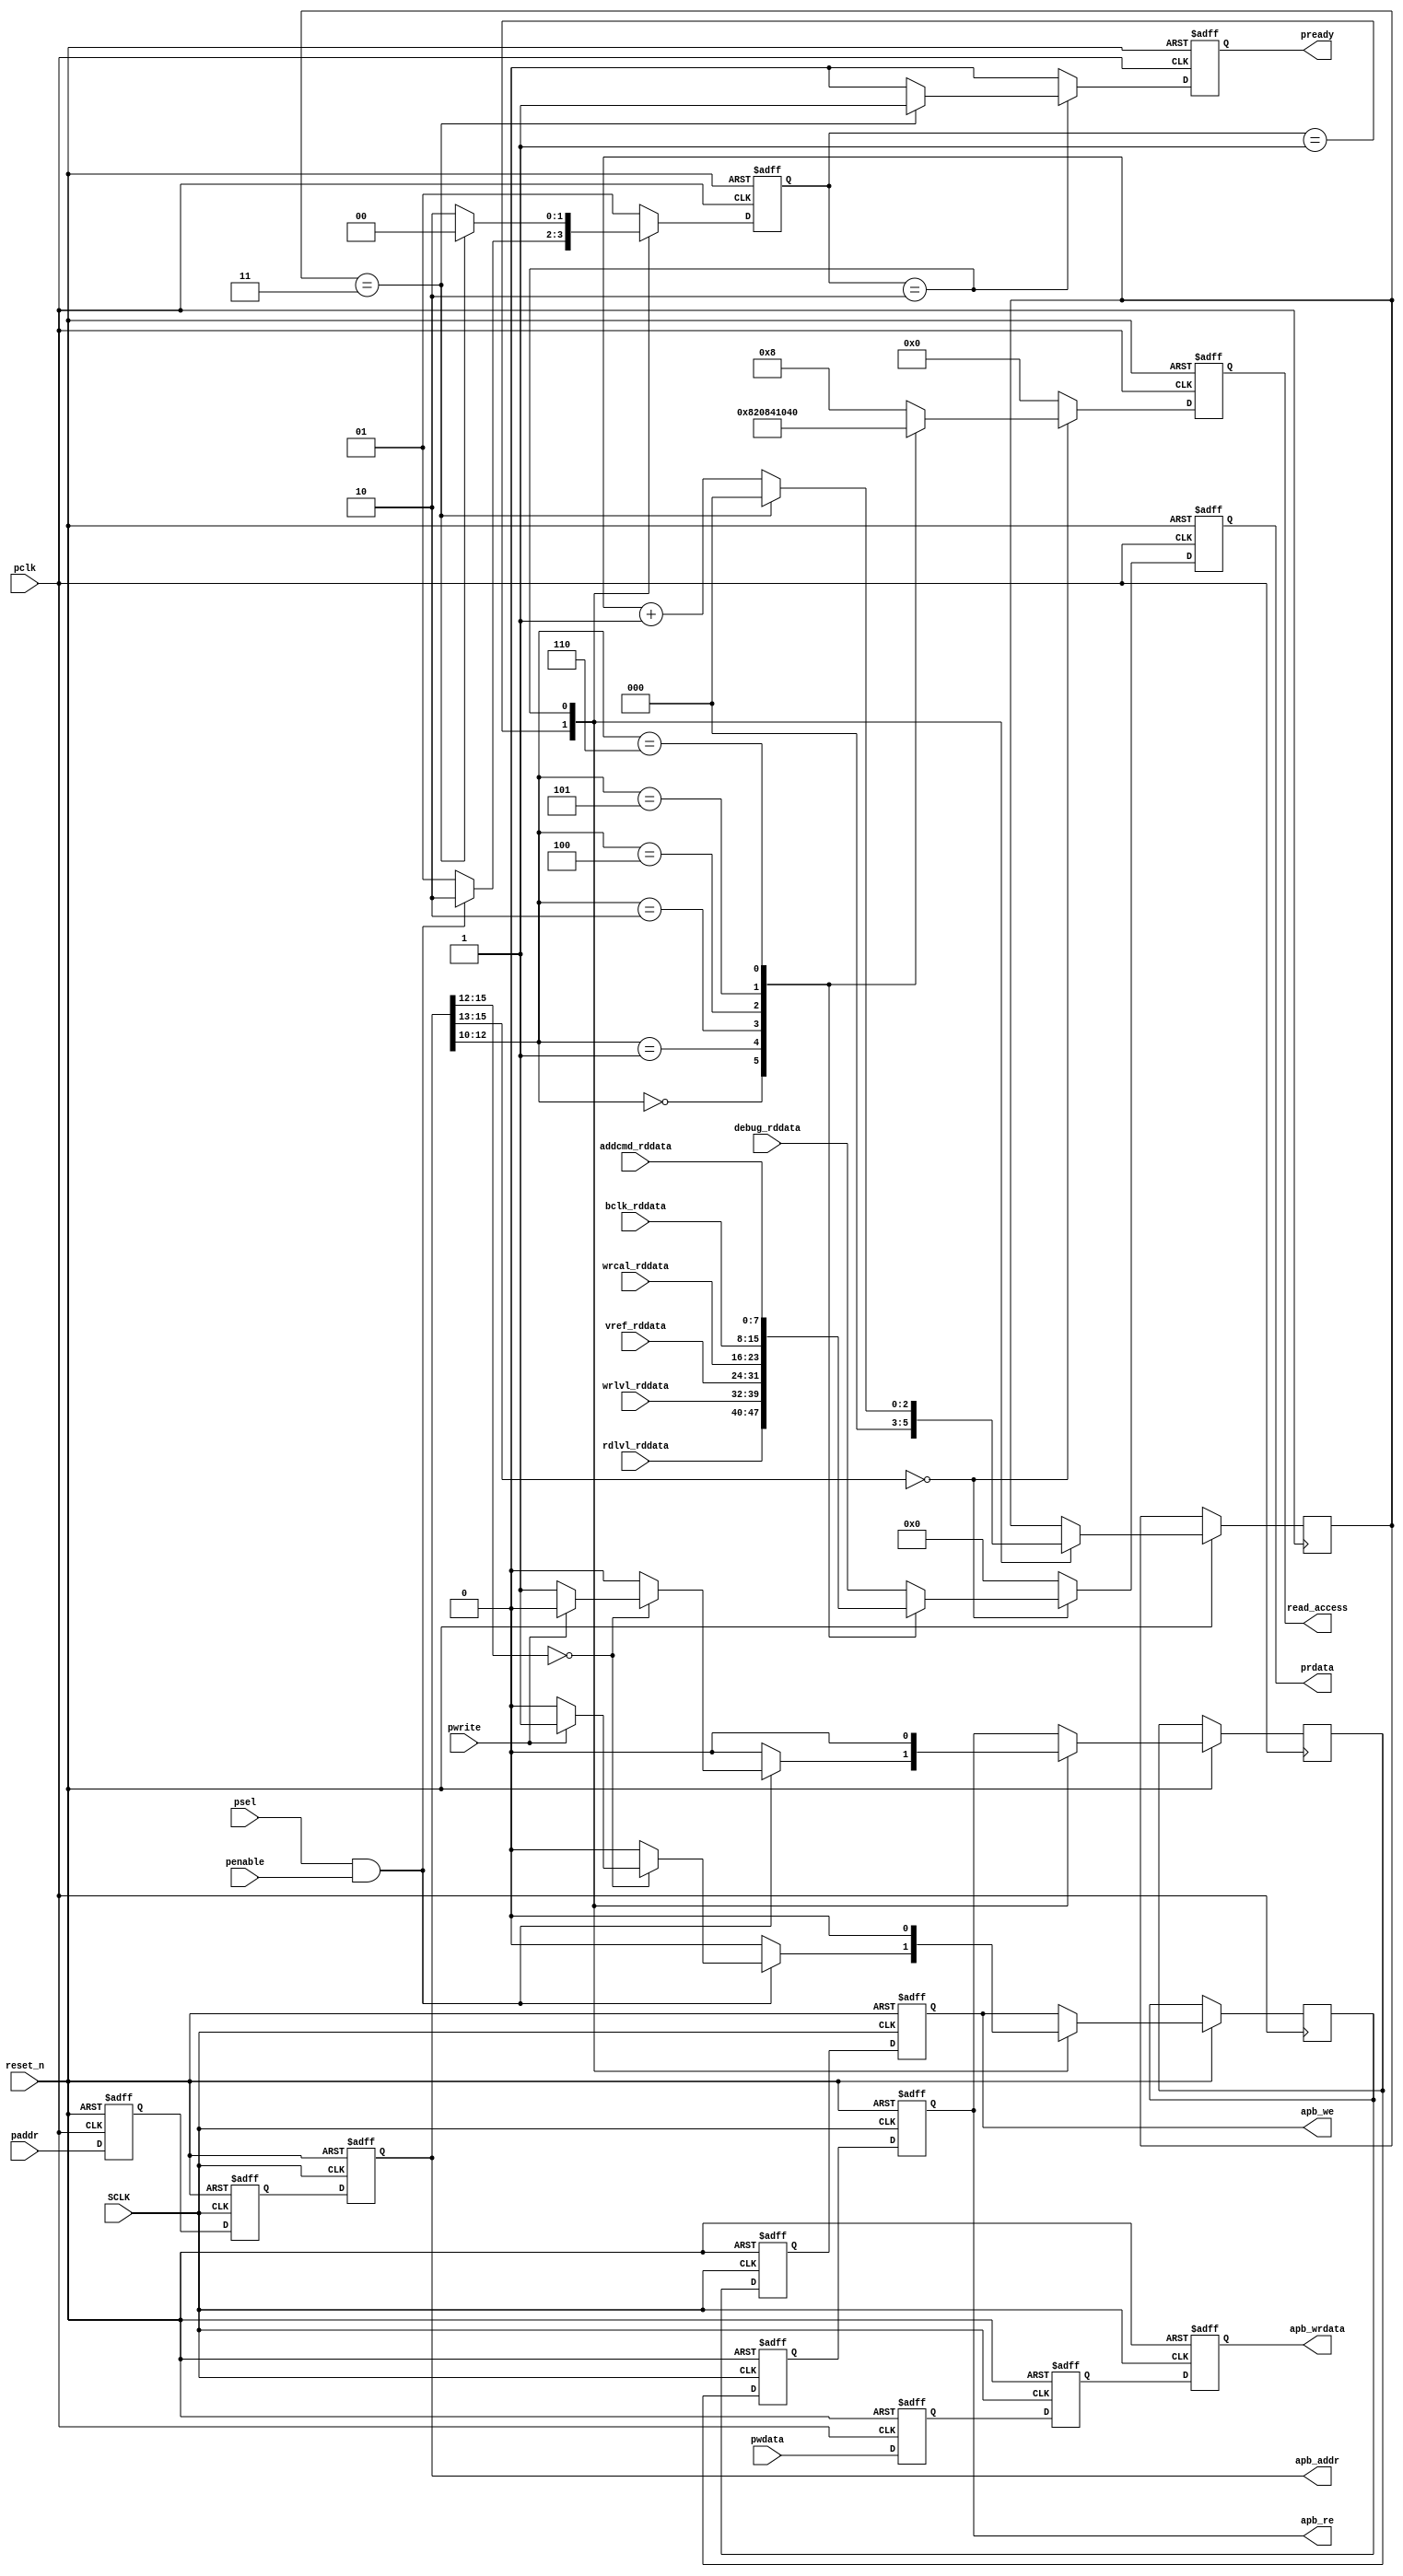
//--------------------------------------------------
//-- -----------------------------------------------------------------------------                                                                                                                                                
//--    Crevinn Teoranta                                                                                                                                         
//-- -----------------------------------------------------------------------------                                                                                                                                                
//-- Author      : $Author:      gianl                                                                                                       
//-- Date        : $Date: 2010-04-29 14:34:52 $                                                                                                                                                
//-- Revision    : $Revision: 1.11 $                                                                                                                                                
//-- Location    : $URL: $                                                                                                                                                
//-- -----------------------------------------------------------------------------                                                                                                                                                
//--------------------------------------------------
 
 
module APB_IF (
               //  input ports
               SCLK,
               reset_n,
               paddr,
               psel,
               pwdata,
               pwrite,
               rdlvl_rddata,
               vref_rddata,
               wrlvl_rddata,
               debug_rddata,
               penable,
 
               //  output ports
               prdata,
               pready,
               apb_addr,
               apb_we,
               apb_wrdata,
               apb_re,
               read_access,
               // AS: added (/2) pclk
               pclk,
               // AS: added new read registers
               addcmd_rddata,
               wrcal_rddata,
               bclk_rddata
               );
 
   parameter        N_WAIT_STATES   = 4;
//  input ports
   input            SCLK;
   wire             SCLK;
   input            reset_n;
   wire             reset_n;
   input     [15:0] paddr;
   wire      [15:0] paddr;
   input            psel;
   wire             psel;
   input     [7:0]  pwdata;
   wire      [7:0]  pwdata;
   input            pwrite;
   wire             pwrite;
   input     [7:0]  rdlvl_rddata;
   wire      [7:0]  rdlvl_rddata;
   input     [7:0]  vref_rddata;
   wire      [7:0]  vref_rddata;
   input     [7:0]  wrlvl_rddata;
   wire      [7:0]  wrlvl_rddata;
   input     [7:0]  debug_rddata;
   wire      [7:0]  debug_rddata;
   // AS: added new read registers
   input     [7:0]  addcmd_rddata;
   input     [7:0]  wrcal_rddata;   
   input     [7:0]  bclk_rddata;
   wire      [7:0]  addcmd_rddata;
   wire      [7:0]  wrcal_rddata;   
   wire      [7:0]  bclk_rddata;
   input            penable;
   wire             penable;
//  output ports
   output    [7:0]  prdata;
   reg       [7:0]  prdata;
   output           pready;
   reg              pready;
   output    [15:0] apb_addr;
   wire      [15:0] apb_addr;
   output           apb_we;
   output    [7:0]  apb_wrdata;
   wire      [7:0]  apb_wrdata;
   output           apb_re;

   output    [6:0]  read_access;
   reg       [6:0]  read_access;
   
   // AS: added
   input            pclk;
   wire             pclk;
   
//  local signals
   reg       [2:0]  wait_cnt;
 
   parameter FINISH      = 2'b00,
             SETUP       = 2'b01,
             WAIT_ACCESS = 2'b10;
 
 
   reg [1:0] visual_Start_current, visual_Start_next;
 
   reg              visual_pready_next;
   reg              visual_apb_we_next;
   reg              visual_apb_re_next;
   reg       [2:0]  visual_wait_cnt_next;
 
   // AS: added sync registers
   // PCLK
   reg [15:0]       paddr_p;
   reg [7:0]        pwdata_p;
   reg              apb_we_p;
   reg              apb_re_p;
   reg [6:0]        read_access_p;

   // SCLK phase 0
   reg [15:0]       paddr_s0;
   reg [7:0]        pwdata_s0;
   reg              apb_we_s0;
   reg              apb_re_s0;
   reg [6:0]        read_access_s0;
   // SCLK phase 1
   reg [15:0]       paddr_s1;
   reg [7:0]        pwdata_s1;
   reg              apb_we_s1;
   reg              apb_re_s1;
   reg [6:0]        read_access_s1;
 
 
   // Combinational process
   always  @(apb_we or apb_re or wait_cnt or psel or penable or apb_addr or pwrite or visual_Start_current)
   begin : Start_comb
      visual_pready_next <= 0;
      visual_apb_we_next <= apb_we;
      visual_apb_re_next <= apb_re;
      visual_wait_cnt_next <= wait_cnt;
 
 
 
      case (visual_Start_current)
         FINISH:
            begin
               visual_Start_next <= SETUP;
            end
 
         SETUP:
            begin
               visual_wait_cnt_next <= 0;
               visual_apb_we_next <= 0;
               visual_apb_re_next <= 0;
               if (psel == 1 && penable == 1)
               begin
                  if (apb_addr[15:12] == 0)
                  begin
                     if (pwrite == 1)
                     begin
                        visual_apb_we_next <= 1;
                        visual_apb_re_next <= 0;
                        visual_Start_next <= WAIT_ACCESS;
                     end
                     else
                     begin
                        visual_apb_we_next <= 0;
                        visual_apb_re_next <= 1;
                        visual_Start_next <= WAIT_ACCESS;
                     end
                  end
                  else
                  begin
                     visual_Start_next <= WAIT_ACCESS;
                  end
               end
               else
               begin
                  visual_Start_next <= SETUP;
               end
            end
 
         WAIT_ACCESS:
            begin
               visual_apb_we_next <= 0;
               visual_apb_re_next <= 0;
               if (wait_cnt == N_WAIT_STATES - 1)
               begin
                  visual_wait_cnt_next <= 0;
                  visual_pready_next <= 1;
                  visual_Start_next <= FINISH;
               end
               else
               begin
                  visual_wait_cnt_next <= wait_cnt + 1;
                  visual_Start_next <= WAIT_ACCESS;
               end
            end
 
         default:
            begin
               visual_Start_next <= SETUP;
            end
      endcase
   end

   // AS: register with pclk before double-registering
   //     with SCLK (below)
   //always  @(posedge SCLK or negedge reset_n)
   always  @(posedge pclk or negedge reset_n)
   begin : Start
 
      if (~(reset_n))
      begin
         pready <= 0;
         visual_Start_current <= SETUP;
      end
      else
      begin
         pready <= visual_pready_next;
         apb_we_p <= visual_apb_we_next;
         apb_re_p <= visual_apb_re_next;
         wait_cnt <= visual_wait_cnt_next;
         visual_Start_current <= visual_Start_next;
      end
   end
 
 // ----------------------------------------------
 // AS: added
 // sync logic (single PCLK register, double SCLK)
 // ----------------------------------------------
 // pclk
always @ (posedge pclk or negedge reset_n)
begin : pclk_control_phase_0
  if (!reset_n)
  begin
    paddr_p <= 0;
    pwdata_p <= 0;
  end
  else
  begin
    paddr_p <= paddr;
    pwdata_p <= pwdata;
  end
end

// sclk
always @ (posedge SCLK or negedge reset_n)
begin : sclk_control_phase_1
  if (!reset_n)
  begin
    pwdata_s0 <= 0;
    paddr_s0 <= 0;
    pwdata_s1 <= 0;
    paddr_s1 <= 0;
    apb_we_s0 <= 0;
    apb_re_s0 <= 0;
    apb_we_s1 <= 0;
    apb_re_s1 <= 0;
    read_access_s0 <= 0;
    read_access_s1 <= 0;
  end
  else
  begin
    pwdata_s0 <= pwdata_p;
    paddr_s0 <= paddr_p;
    pwdata_s1 <= pwdata_s0;
    paddr_s1 <= paddr_s0;
    apb_we_s0 <= apb_we_p;
    apb_re_s0 <= apb_re_p;
    apb_we_s1 <= apb_we_s0;
    apb_re_s1 <= apb_re_s0;
    read_access_s0 <= read_access_p;
    read_access_s1 <= read_access_s0;
  end
end
 
 
 // AS: run the state machine on the PCLK
 // then re-register all the APB control using SCLK
 // for further access 
   // always @( posedge SCLK or negedge reset_n )
   always @( posedge pclk or negedge reset_n )
   begin   :Start1
 
      if (reset_n == 0)
      begin
         prdata <= 0;
         read_access <= 0;
      end
      else
      begin
         if (apb_addr[15:13] == 0)
         begin
            case (apb_addr[12:10])
 
               3'b000 :
                  begin
                     prdata <= rdlvl_rddata;
                     read_access <= 7'b0000001;
                  end
 
               3'b001 :
                  begin
                     prdata <= wrlvl_rddata;
                     read_access <= 7'b0000010;
                  end
 
               3'b010 :
                  begin
                     prdata <= vref_rddata;
                     read_access <= 7'b0000100;
                  end
 
               3'b011 :
                  begin
                     prdata <= debug_rddata;
                     read_access <= 7'b0001000;
                  end
                  
                // AS: added additional read registers
                3'b100:
                  begin
                    prdata <= wrcal_rddata;
                    read_access <= 7'b0010000;
                  end
 
                3'b101:
                  begin
                    prdata <= bclk_rddata;
                    read_access <= 7'b0100000;
                  end
 
                3'b110:
                  begin
                    prdata <= addcmd_rddata;
                    read_access <= 7'b1000000;
                  end
 
               default  :
                  begin
                     prdata <= debug_rddata;
                     read_access <= 7'b0001000;
                  end
            endcase
         end
         else
         begin
            prdata <= 0;
            read_access <= 0;
         end
      end
   end
   
  // AS: use synched data instead
  //assign apb_wrdata = pwdata;
  //assign apb_addr = paddr;
  assign apb_wrdata = pwdata_s1;
  assign apb_addr = paddr_s1;
  
  assign apb_we = apb_we_s1;
  assign apb_re = apb_re_s1;
 
endmodule